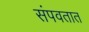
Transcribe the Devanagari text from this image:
संपवतात